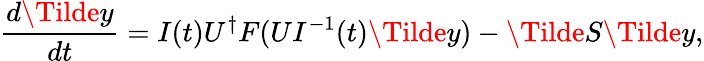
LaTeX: \frac{d\Tilde y}{dt}=I(t)U^{\dagger}F(UI^{-1}(t)\Tilde y)-\Tilde S\Tilde y,